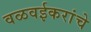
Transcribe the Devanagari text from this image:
वळवईकरांचे